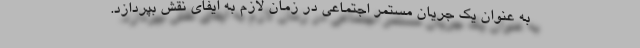
به عنوان یک جریان مستمر اجتماعی در زمان لازم به ایفای نقش بپردازد.